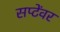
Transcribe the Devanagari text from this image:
सप्टेंवर